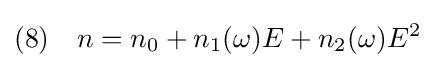
(8)\quad n=n_{0}+n_{1}(\omega )E+n_{2}(\omega )E^{2}